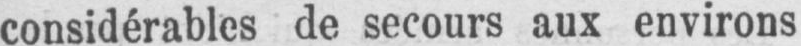
considérables de secours aux environs